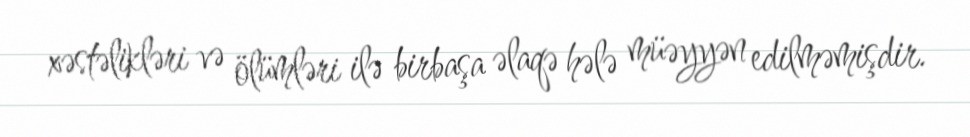
xəstəlikləri və ölümləri ilə birbaşa əlaqə hələ müəyyən edilməmişdir.